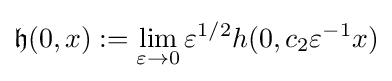
{\mathfrak {h}}(0,x):=\lim \limits _{\varepsilon \to 0}\varepsilon ^{1/2}h(0,c_{2}\varepsilon ^{-1}x)